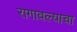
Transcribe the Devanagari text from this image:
रागावल्याचा